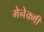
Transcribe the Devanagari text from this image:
मेनेक्मी